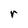
Character: r